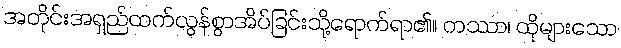
အတိုင်းအရှည်ထက်လွန်စွာအိပ်ခြင်းသို့ရောက်ရာ၏။ တဿာ၊ ထိုများသော